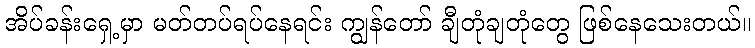
အိပ်ခန်းရှေ့မှာ မတ်တပ်ရပ်နေရင်း ကျွန်တော် ချီတုံချတုံတွေ ဖြစ်နေသေးတယ်။